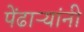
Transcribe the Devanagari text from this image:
पेंढाऱ्यांनी